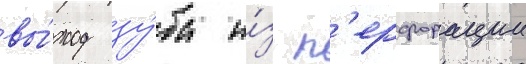
вы́ход зу́ба и́з п'ерфорации